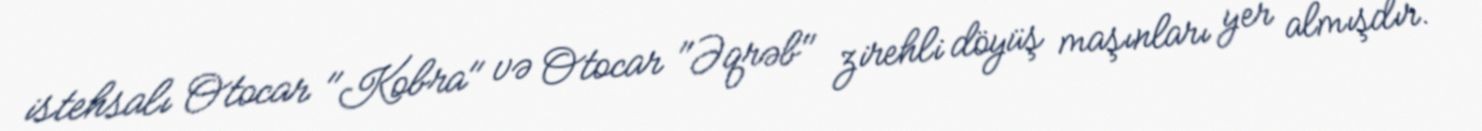
istehsalı Otocar "Kobra" və Otocar "Əqrəb" zirehli döyüş maşınları yer almışdır.